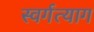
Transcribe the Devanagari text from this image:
स्वर्गत्याग